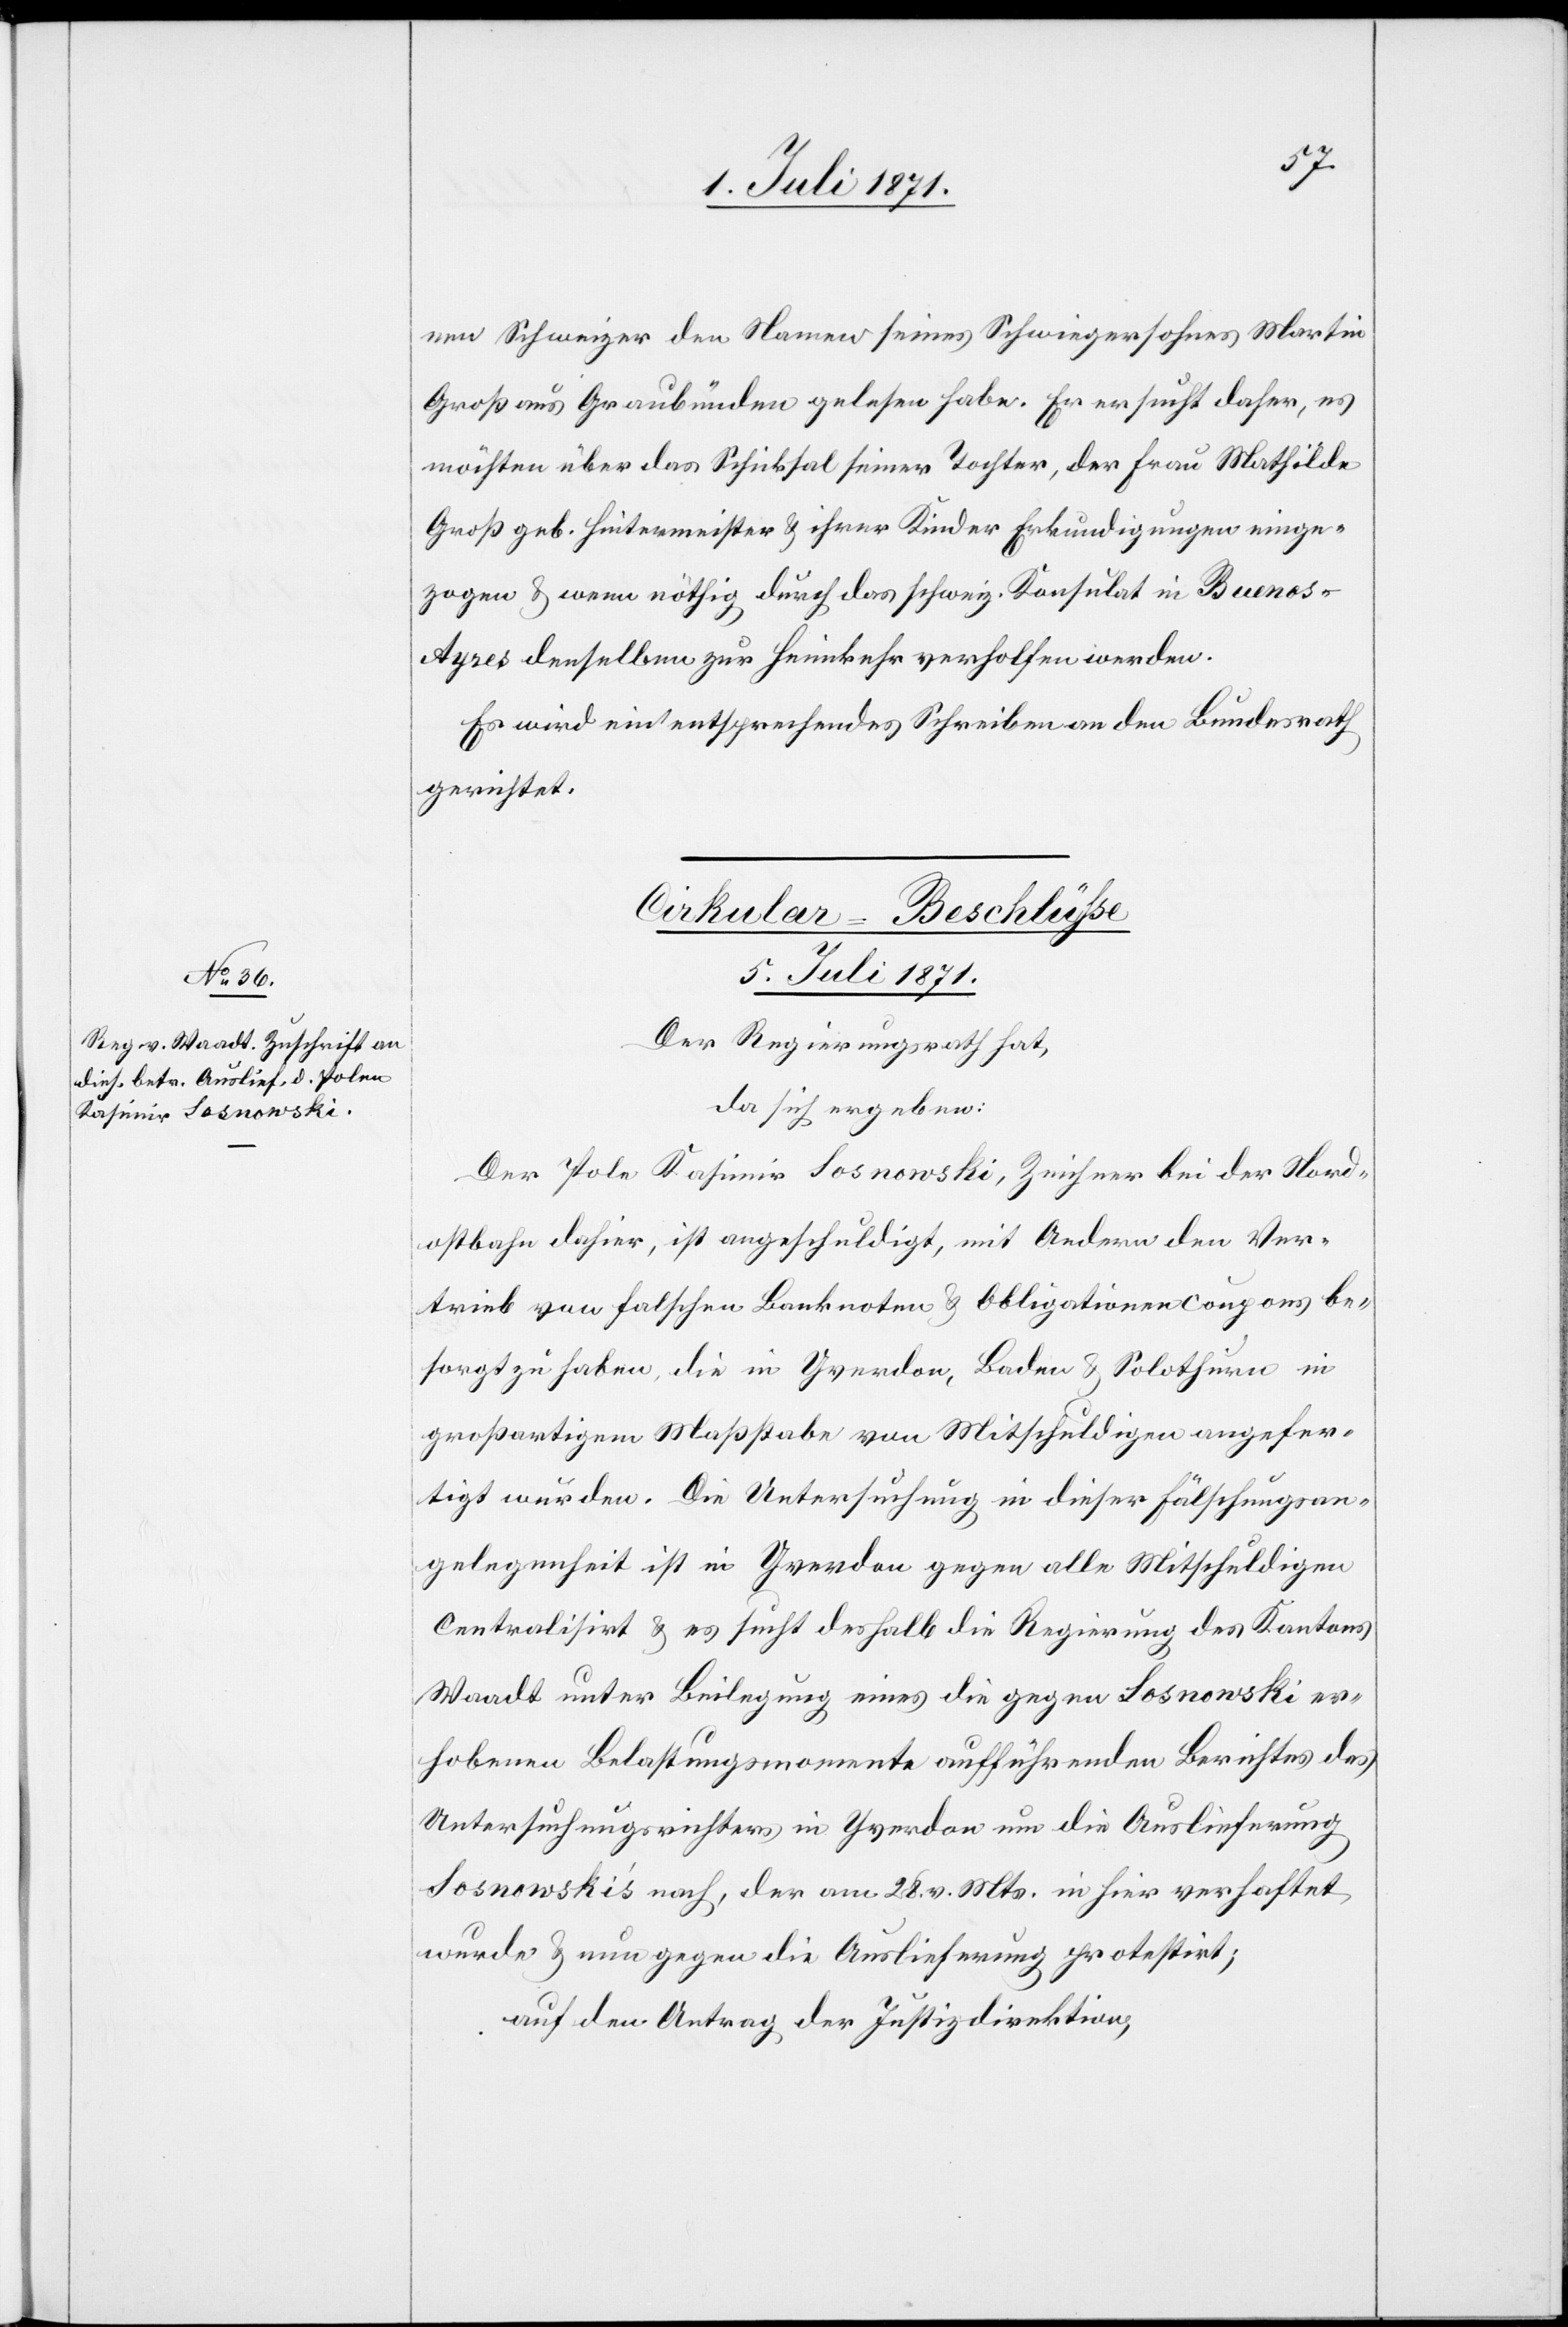
nen Schweizer den Namen seines Schwiegersohnes Martin
Groß aus Graubünden gelesen habe. Er ersucht daher, es
möchten über das Schicksal seiner Tochter, der Frau Mathilde
Groß geb. Hintermeister u. ihrer Kinder Erkundigungen einge¬
zogen u. wenn nöthig durch das schweiz. Konsulat in Buenos-A¬
yres denselben zur Heimkehr verholfen werden.
Es wird ein entsprechendes Schreiben an den Bundesrath
gerichtet.
Cirkular-Beschlüße
5. Juli 1871.
Der Regierungsrath hat,
da sich ergeben:
Der Pole Kasimir Sosnowski, Zeichner bei der Nord¬
ostbahn dahier, ist angeschuldigt, mit Andern den Ver¬
trieb von falschen Banknoten u. Obligationencoupons be¬
sorgt zu haben, die in Yverdon, Baden u. Solothurn in
großartigem Maßstabe von Mitschuldigen angefer¬
tigt wurden. Die Untersuchung in dieser Fälschungsan¬
gelegenheit ist in Yverdon gegen alle Mitschuldigen
centralisirt u. es sucht deshalb die Regierung des Kantons
Waadt unter Beilegung eines die gegen Sosnowski er¬
hobenen Belastungsmomente aufführenden Berichtes des
Untersuchungsrichters in Yverdon um die Auslieferung
Sosnowski’s nach, der am 28. v. Mts. in hier verhaftet
wurde u. nun gegen die Auslieferung protestirt;
auf den Antrag der Justizdirektion,